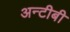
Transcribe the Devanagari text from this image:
अन्टीबी